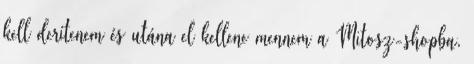
kell derítenem és utána el kellene mennem a Mitosz-shopba.